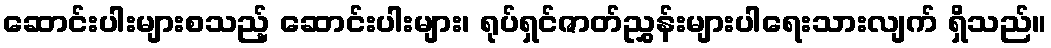
ဆောင်းပါးများစသည့် ဆောင်းပါးများ၊ ရုပ်ရှင်ဇာတ်ညွှန်းများပါရေးသားလျက် ရှိသည်။